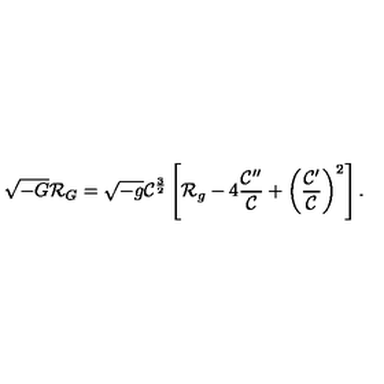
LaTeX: \sqrt { - G } { \cal R } _ { G } = \sqrt { - g } { \cal C } ^ { \frac { 3 } { 2 } } \left[ { \cal R } _ { g } - 4 { \frac { { \cal C } ^ { \prime \prime } } { \cal C } } + \left( { \frac { { \cal C } ^ { \prime } } { \cal C } } \right) ^ { 2 } \right] .